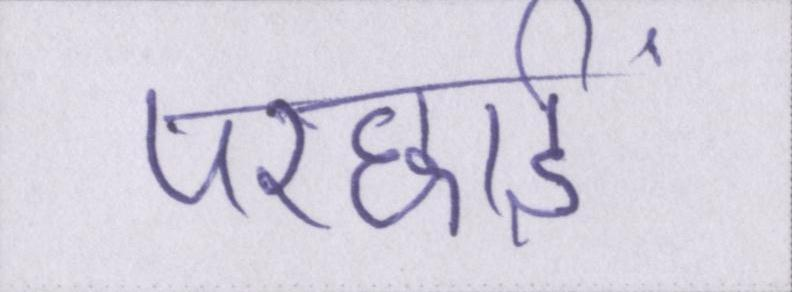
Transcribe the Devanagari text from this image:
परछाईं